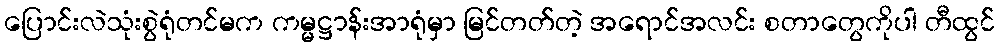
ပြောင်းလဲသုံးစွဲရုံတင်မက ကမ္မဋ္ဌာန်းအာရုံမှာ မြင်တတ်တဲ့ အရောင်အလင်း စတာတွေကိုပါ တီထွင်